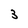
Character: 3